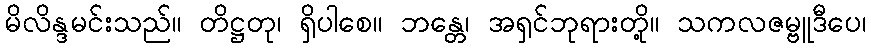
မိလိန္ဒမင်းသည်။ တိဋ္ဌတု၊ ရှိပါစေ။ ဘန္တေ၊ အရှင်ဘုရားတို့။ သကလဇမ္ဗူဒီပေ၊